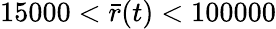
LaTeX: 15000<\bar{r}(t)<100000